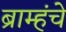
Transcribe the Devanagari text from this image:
ब्राम्हंचे